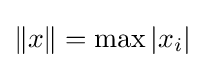
\|x\|=\max _{}|x_{i}|